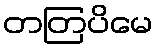
တတြပိမေ